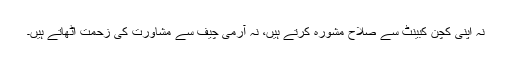
نہ اپنی کچن کبینٹ سے صلاح مشورہ کرتے ہیں، نہ آرمی چیف سے مشاورت کی زحمت اٹھاتے ہیں۔